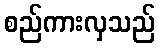
စည်ကားလှသည်